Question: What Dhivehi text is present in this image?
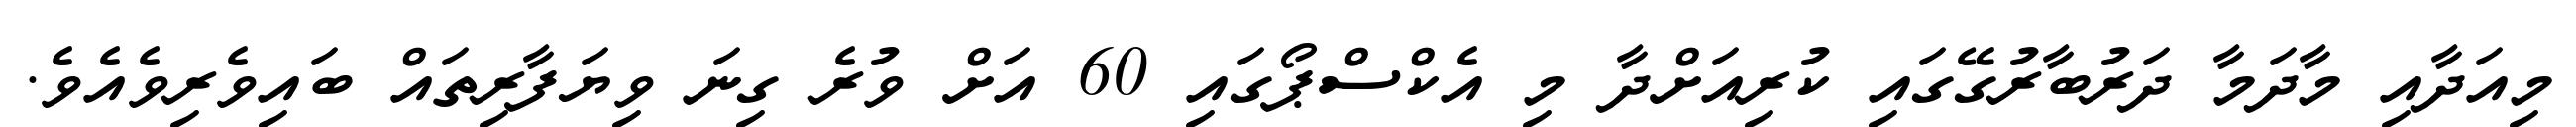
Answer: މިއަދާއި މާދަމާ ދަރުބާރުގޭގައި ކުރިއަށްދާ މި އެކްސްޕޯގައި 60 އަށް ވުރެ ގިނަ ވިޔަފާރިތައް ބައިވެރިވެއެވެ.